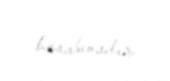
hesabınadır.